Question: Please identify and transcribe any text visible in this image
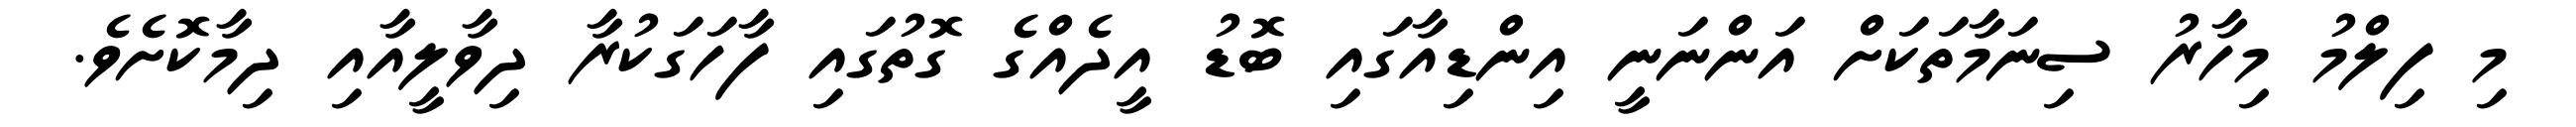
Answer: މި ފިލްމު މިހާރު ސިނަމާތަކަށް އަންނަނީ އިންޑިއާގައި ބޮޑު އީދެއްގެ ގޮތުގައި ފާހަގަކުރާ ދިވާލީއާއި ދިމާކޮށެވެ.